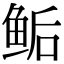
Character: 鲘